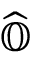
\widehat { \mathbb { O } }